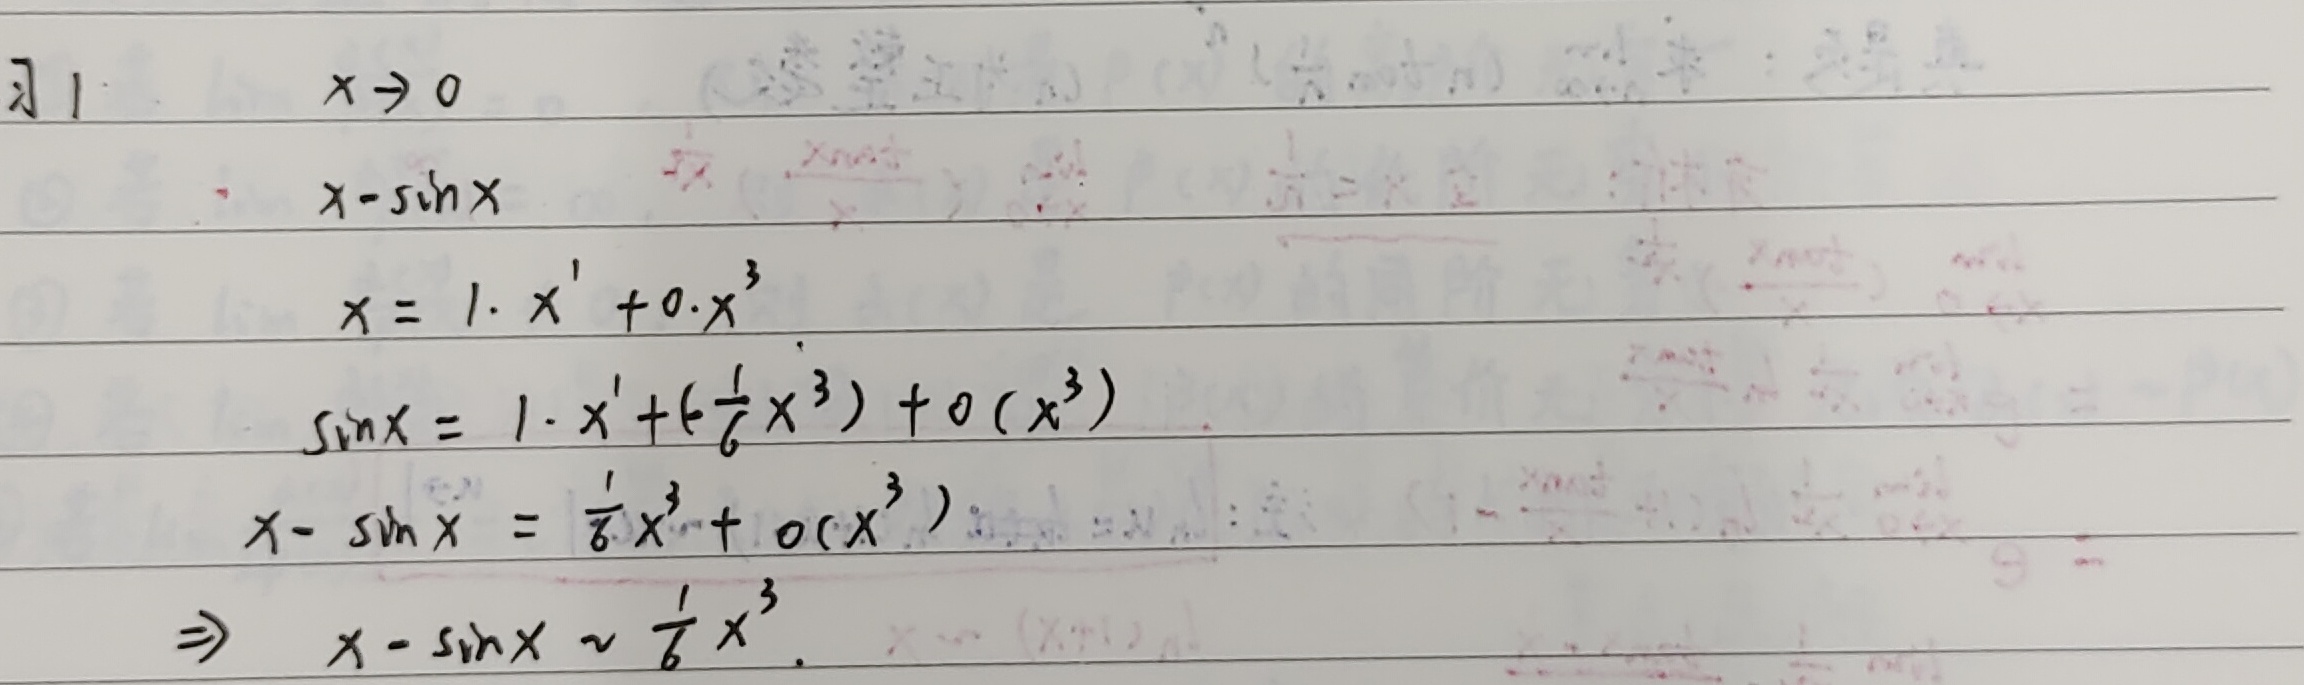
习1. 当\(x \to 0\)时：
\(x = 1\cdot x^{1}+0\cdot x^{3}\)
\(\sin x = 1\cdot x^{1}+(- \frac{1}{6}x^{3})+o(x^{3})\)
\(x - \sin x=\frac{1}{6}x^{3}+o(x^{3})\)
\(\Rightarrow x - \sin x\sim\frac{1}{6}x^{3}\)